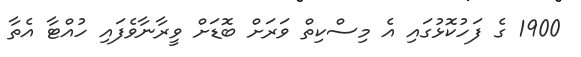
1900 ގެ ފަހުކޮޅުގައި އެ މިސްކިތް ވަރަށް ބޮޑަށް ވީރާނާވެފައި ހުއްޓާ އެތާ